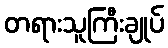
တရားသူကြီးချုပ်